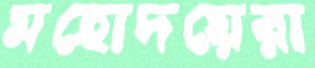
মহোদয়েরা